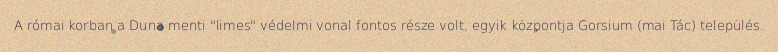
A római korban a Duna menti "limes" védelmi vonal fontos része volt, egyik központja Gorsium (mai Tác) település.